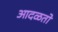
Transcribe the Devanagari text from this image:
आदळतो